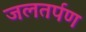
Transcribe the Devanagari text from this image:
जलतर्पण